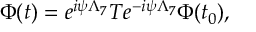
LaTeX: \Phi ( t ) = e ^ { i \psi \Lambda _ { 7 } } T e ^ { - i \psi \Lambda _ { 7 } } \Phi ( t _ { 0 } ) ,